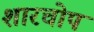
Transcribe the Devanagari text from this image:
शारचोप